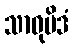
သာဓုမိဒံ